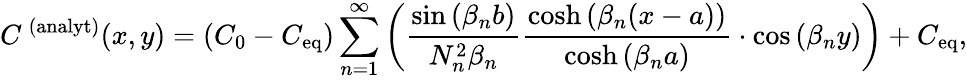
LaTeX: C^{\, (\mathrm{analyt})}(x,y)=(C_{0}-C_{\mathrm{eq}})\sum_{n=1}^{\infty}\left(\frac{\sin{(\beta_{n}b)}}{N_{n}^{2}\beta_{n}}\frac{\cosh{(\beta_{n}(x-a))}}{\cosh{(\beta_{n}a})}\cdot\cos{(\beta_{n}y)}\right)+C_{\mathrm{eq}},